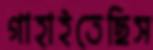
গাহাইতেছিস